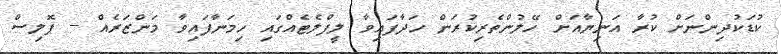
ކުޑަކުދިންނަށް ކުރާ އަނިޔާއަށް ހޭލުންތެރިކުރަން ހަދާފައިވާ ލީފްލެޓެއްގައި ހިމަނާފައިވާ މަންޒަރެއް -- ޕޮލިސް